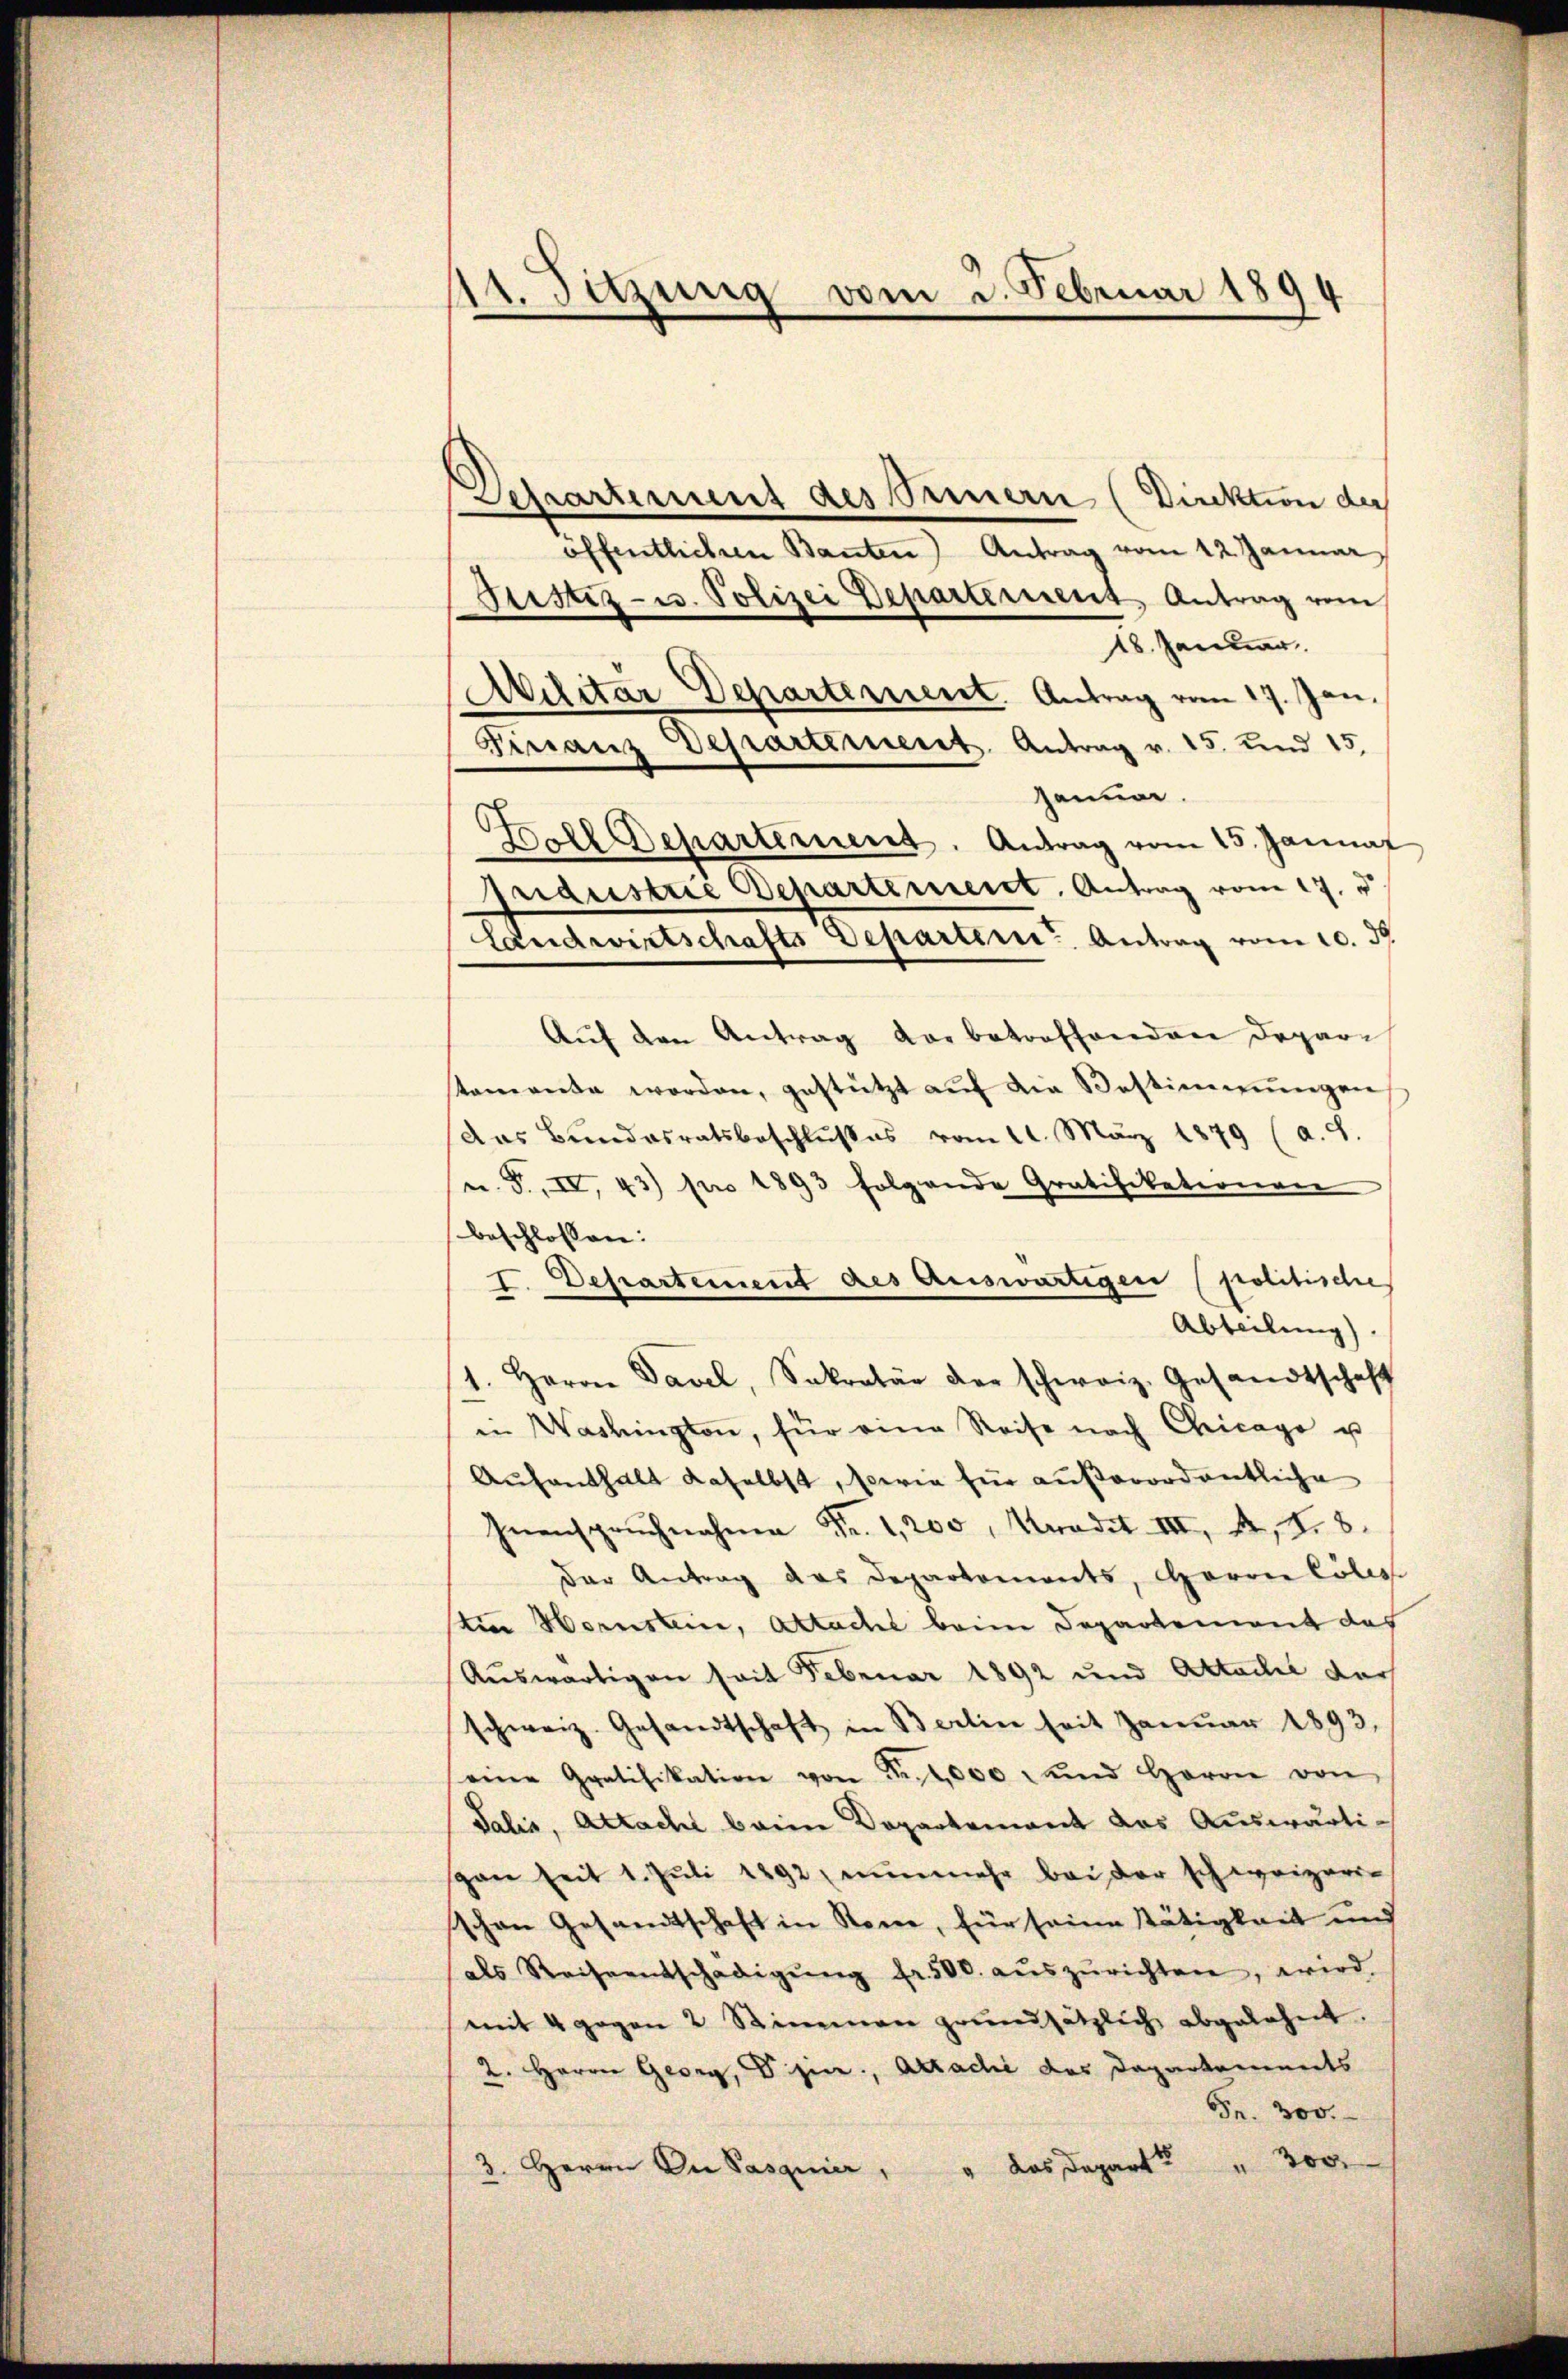
11. Setzung vom 3. Februar 1894

Departement des Sennern (Direktion der
öffentlichen Banten) Antrag vom 12. Januar,
Justiz- u. Polizei Departement Antrag vom
18. Januar
Militar Departement. Antrag vom 17. Jan.
Finanz Departement Antrag v. 15. und 15,
zainer.
Goll Departernent. Antrag vom 15. Jannat
Industrie Departement. Antrag vom 17. d.
Auf den Antrag der betreffenden Depari
tamente werden, gestützt aŭf die Bestimmungen,
das Bundesratsbeschlußes vom 11. März 1879 (a. 8.
u. F. IV. 43) pro 1893 folgende Gratifikationen
beschlossen:
I. Departement des auswärtigen (politische
Abteilung)
1. Herrn Davel, Sekretär der schweiz. Gesandtschaft
in Washington, für eine Reise nach Chicago u
Aŭfenthalt daselbst, sowie für außerordentliche
Inanspruchnahm Fr. 1200. Kredit III 4, S. 8.
der Antrag das Departements, Herrn Cöles.
tin Hornstein, attacht beim Departement das
Auswärtigen seit Februar 1892 und Attacht doch
schweiz. Gesandtschaft in Berlin seit Januar 1893,
eine Gratifikation von Fr. 2,000 und Herrn von
Salis, Attacht beim Departement das Auswärtigan seit 1. Jŭli 1892 nŭnmehr beider schweizer-
schen Gesandtschaft in Stone, für seine Stätigkeit und
als Reiseentschädigŭng fr. 500. aŭszŭrichten, wird.
mit 4 gegen 2 Stimmen grundsätzlich abgelehnt.
2. Herrn Georg, Dr. jur., Arrachi des Dapartements
Fr. 300.
3. Herrn Dr Pasquier, " das Depart" " 300.

Landwirtschafts Departen Antrag vom 10. d.